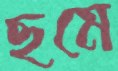
ছমে